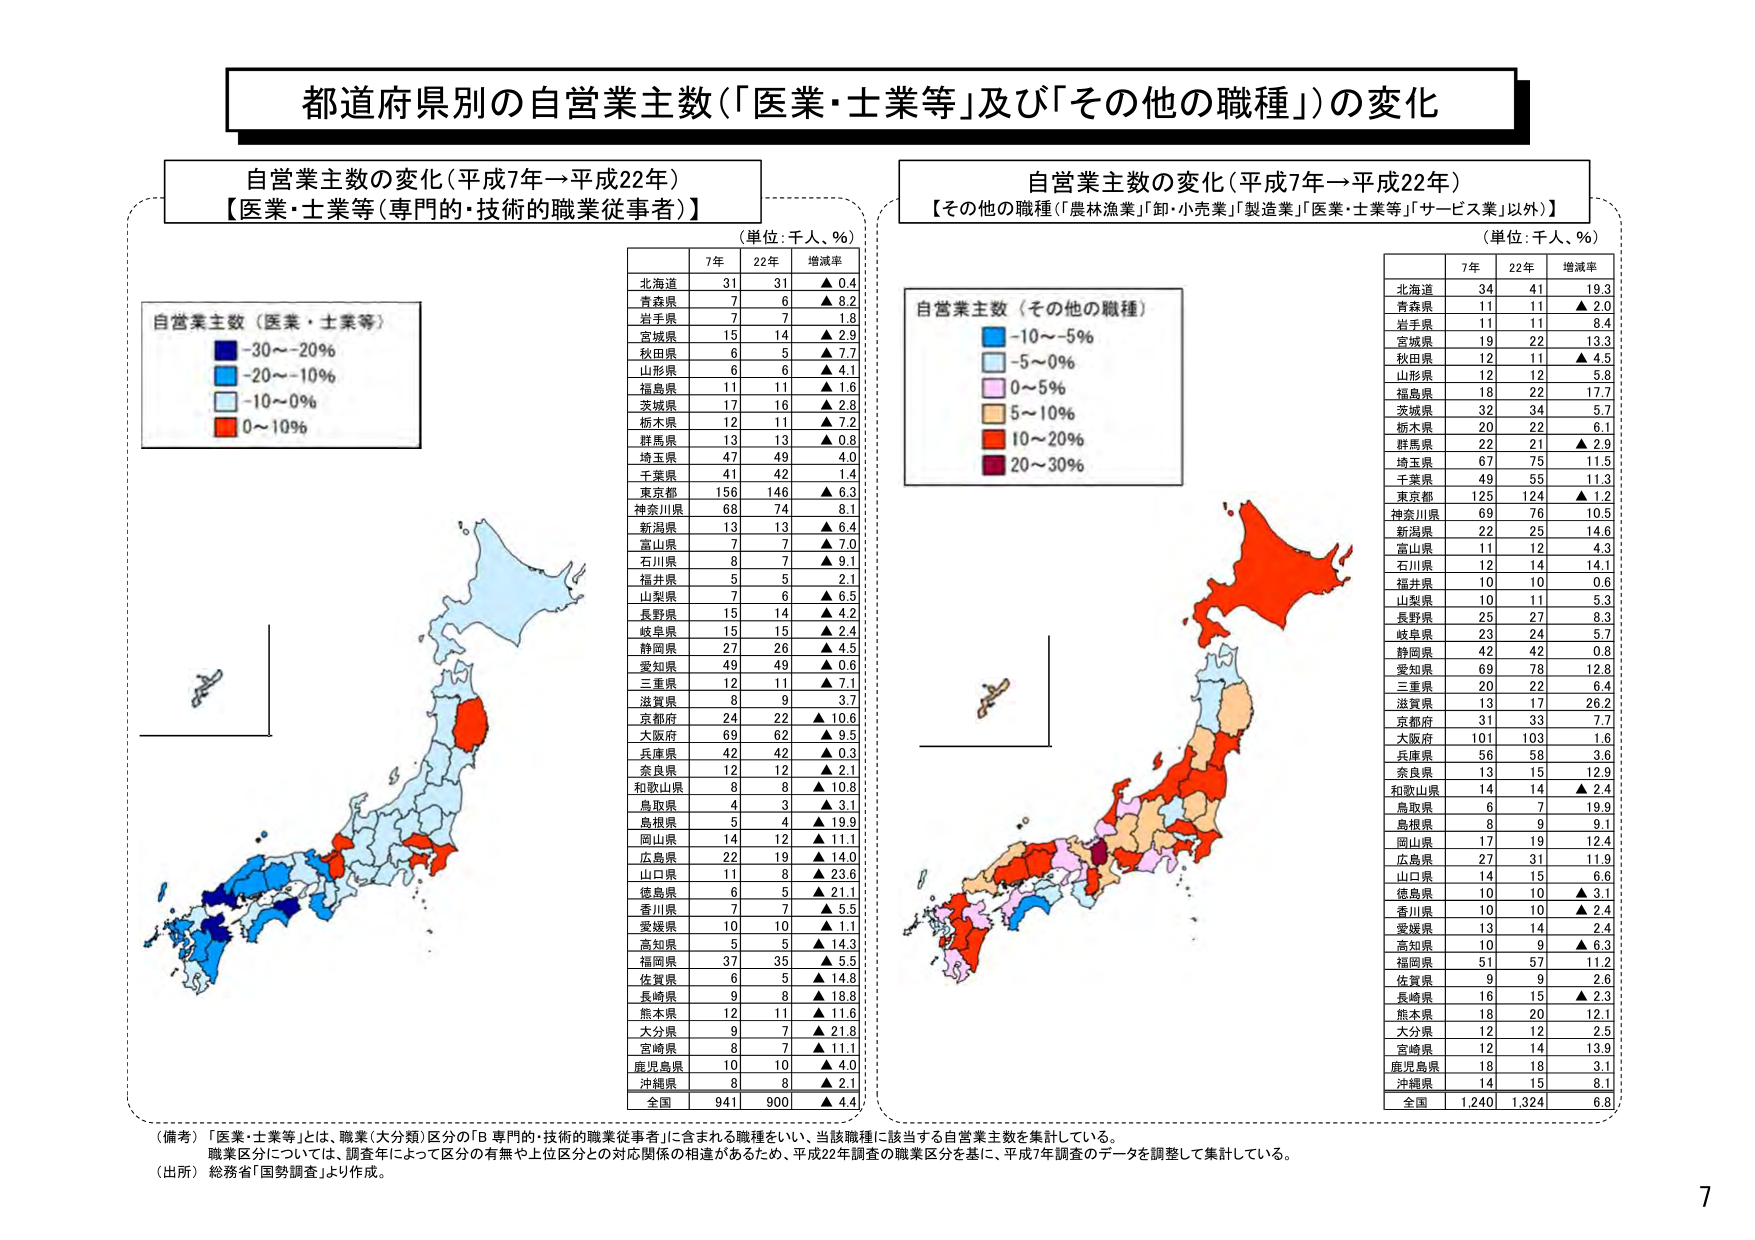
都道府県別の自営業主数（「医業・土業等」及び「その他の職種」）の変化

自営業主数の変化（平成7年→平成22年）
【医業・土業等（専門的・技術的職業従事者）】

（単位：千人、％）

自営業主数（医業・土業等）
■ -30～-20％
■ -20～-10％
■ -10～0％
■ 0～10％

7年 22年 増減率
北海道 31 31 ▲ 0.4
青森県 7 6 ▲ 8.2
岩手県 7 7 1.8
宮城県 15 14 ▲ 2.9
秋田県 6 5 ▲ 7.7
山形県 6 6 ▲ 4.1
福島県 11 11 ▲ 1.6
茨城県 17 16 ▲ 2.8
栃木県 12 11 ▲ 7.2
群馬県 13 13 ▲ 0.8
埼玉県 47 49 4.0
千葉県 41 42 1.4
東京都 156 146 ▲ 6.3
神奈川県 68 74 8.1
新潟県 13 13 ▲ 6.4
富山県 7 7 ▲ 7.0
石川県 8 7 ▲ 9.1
福井県 5 5 2.1
山梨県 7 6 ▲ 6.5
長野県 15 14 ▲ 4.2
岐阜県 15 15 ▲ 2.4
静岡県 27 26 ▲ 4.5
愛知県 49 49 ▲ 0.6
三重県 12 11 ▲ 7.1
滋賀県 8 9 3.7
京都府 24 22 ▲ 10.6
大阪府 69 62 ▲ 9.5
兵庫県 42 42 ▲ 0.3
奈良県 12 12 ▲ 2.1
和歌山県 8 8 ▲ 10.8
鳥取県 4 3 ▲ 3.1
島根県 5 4 ▲ 19.9
岡山県 14 12 ▲ 11.1
広島県 22 19 ▲ 14.0
山口県 11 8 ▲ 23.6
徳島県 6 5 ▲ 21.1
香川県 7 7 ▲ 5.5
愛媛県 10 10 ▲ 1.1
高知県 5 5 ▲ 14.3
福岡県 37 35 ▲ 5.5
佐賀県 6 5 ▲ 14.8
長崎県 9 8 ▲ 18.8
熊本県 12 11 ▲ 11.6
大分県 9 7 ▲ 21.8
宮崎県 8 7 ▲ 11.1
鹿児島県 10 10 ▲ 4.0
沖縄県 8 8 ▲ 2.1
全国 941 900 ▲ 4.4

自営業主数の変化（平成7年→平成22年）
【その他の職種（「農林漁業」「卸・小売業」「製造業」「医業・土業等」「サービス業」以外）】

（単位：千人、％）

自営業主数（その他の職種）
■ -10～-5％
■ -5～0％
■ 0～5％
■ 5～10％
■ 10～20％
■ 20～30％

7年 22年 増減率
北海道 34 41 19.3
青森県 11 11 ▲ 2.0
岩手県 11 11 8.4
宮城県 19 22 13.3
秋田県 12 11 ▲ 4.5
山形県 12 12 5.8
福島県 18 22 17.7
茨城県 32 34 5.7
栃木県 20 22 6.1
群馬県 22 21 ▲ 2.9
埼玉県 67 75 11.5
千葉県 49 55 11.3
東京都 125 124 ▲ 1.2
神奈川県 69 76 10.5
新潟県 22 25 14.6
富山県 11 12 4.3
石川県 12 14 14.1
福井県 10 10 0.6
山梨県 10 11 5.3
長野県 25 27 8.3
岐阜県 23 24 5.7
静岡県 42 42 0.8
愛知県 69 78 12.8
三重県 20 22 6.4
滋賀県 13 17 26.2
京都府 31 33 7.7
大阪府 101 103 1.6
兵庫県 56 58 3.6
奈良県 13 15 12.9
和歌山県 14 14 ▲ 2.4
鳥取県 6 7 19.9
島根県 8 9 9.1
岡山県 17 19 12.4
広島県 27 31 11.9
山口県 14 15 6.6
徳島県 10 10 ▲ 3.1
香川県 10 10 ▲ 2.4
愛媛県 13 14 2.4
高知県 10 9 ▲ 6.3
福岡県 51 57 11.2
佐賀県 9 9 2.6
長崎県 16 15 ▲ 2.3
熊本県 18 20 12.1
大分県 12 12 2.5
宮崎県 12 14 13.9
鹿児島県 18 18 3.1
沖縄県 14 15 8.1
全国 1,240 1,324 6.8

（備考）「医業・土業等」とは、職業（大分類）区分の「B 専門的・技術的職業従事者」に含まれる職種をいい、当該職種に該当する自営業主数を集計している。
職業区分については、調査年によって区分の有無や上位区分との対応関係の相違があるため、平成22年調査の職業区分を基に、平成7年調査のデータを調整して集計している。
（出所）総務省「国勢調査」より作成。

7